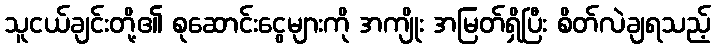
သူငယ်ချင်းတို့၏ စုဆောင်းငွေများကို အကျိုး အမြတ်ရှိပြီး စိတ်လဲချရသည့်